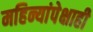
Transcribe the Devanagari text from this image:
महिन्यांपेक्षाही